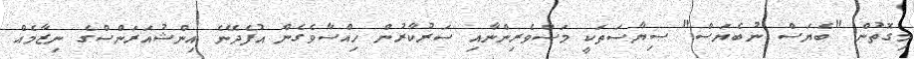
މިގޮތުން "ބެޔަސް ނުބެޔަސް" ސިޔާސަތަކީ މަސްވެރިންނާއި ސަރުކާރުން ހިއްސާވެގެން އުފެދޭނެ އިންޝުއަރަންސްގެ ނިޒާމެއް